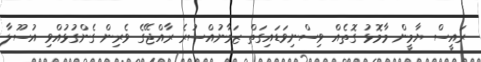
ރައީސް ޔާމީން މާމޮޅު ގޮތެއް ވިސްނިވަޑައިގަތް ޒަމާނުއްސުރެ ރާއްޖޭގެ ވެރިން ގެންގުޅުއްވި އުސޫލާ